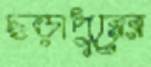
ছড়াপুরের